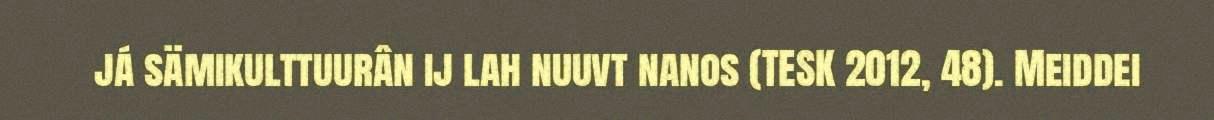
já sämikulttuurân ij lah nuuvt nanos (TESK 2012, 48). Meiddei